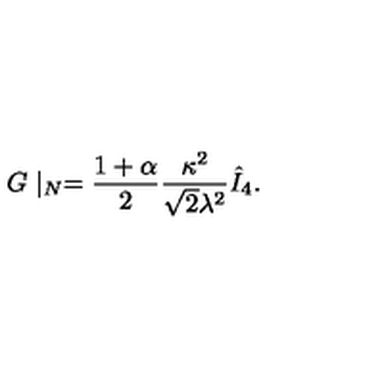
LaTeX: G \mid _ { N } = { \frac { 1 + \alpha } { 2 } } { \frac { \kappa ^ { 2 } } { \sqrt { 2 } \lambda ^ { 2 } } } \hat { I } _ { 4 } .